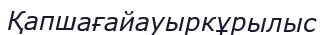
Қапшағайауыркұрылыс